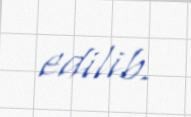
edilib.